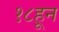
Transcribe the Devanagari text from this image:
१८हून